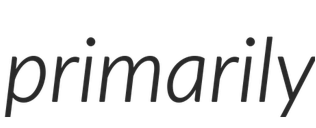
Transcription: primarily